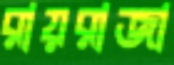
রায়রাজা